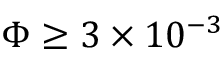
\Phi \geq 3 \times 1 0 ^ { - 3 }